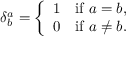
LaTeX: \delta _ { b } ^ { a } = { \left\{ \begin{array} { l l } { 1 } & { { \mathrm { i f ~ } } a = b , } \\ { 0 } & { { \mathrm { i f ~ } } a \neq b . } \end{array} \right. }